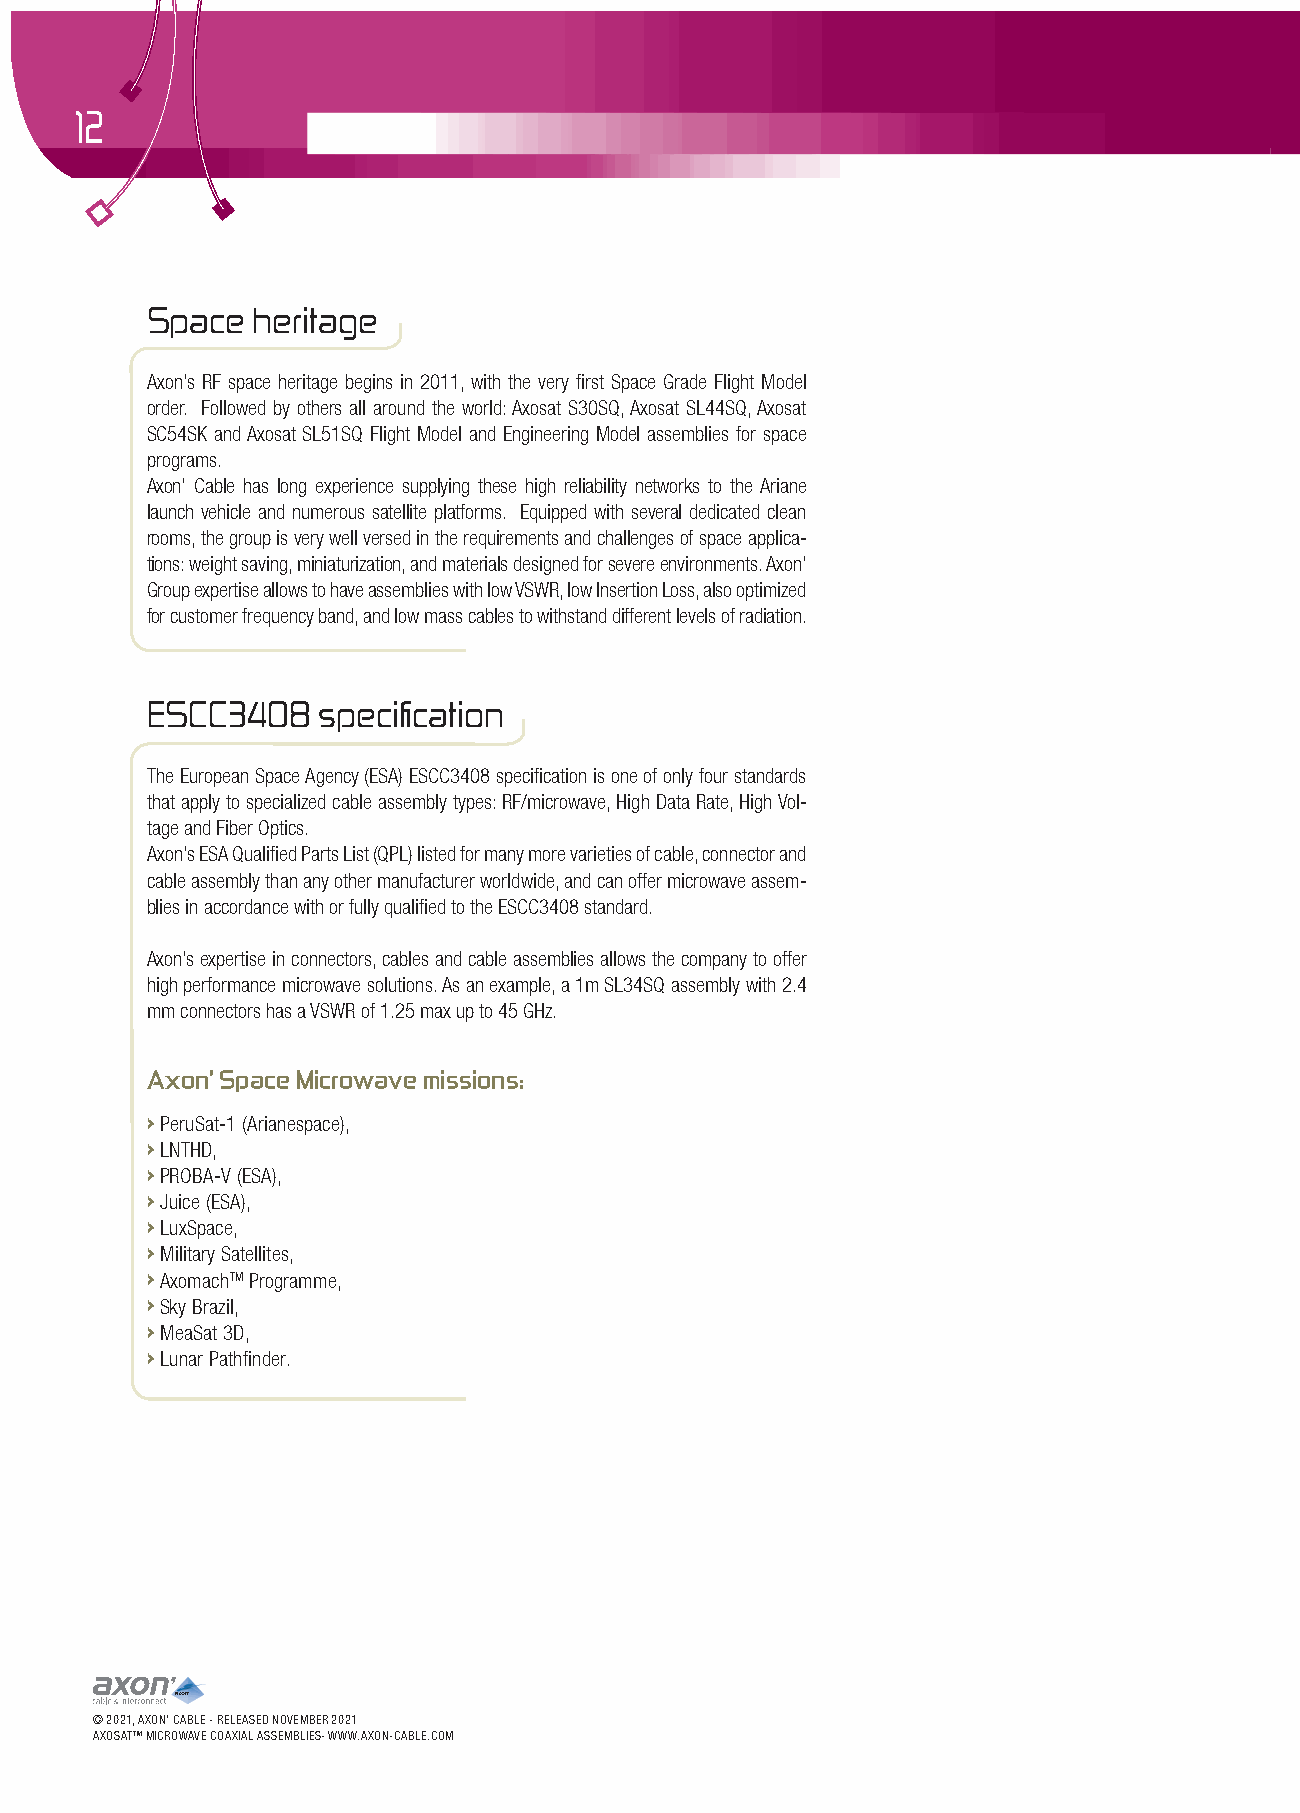
12
 Space  heritage
 Axon’s RF space heritage begins in 2011, with the very first Space Grade Flight Model
 order. Followed by others all around the world: Axosat S30SQ, Axosat SL44SQ, Axosat
 SC54SK and Axosat SL51SQ Flight Model and Engineering Model assemblies for space
 programs.
 Axon’ Cable has long experience supplying these high reliability networks to the Ariane
 launch vehicle and numerous satellite platforms. Equipped with several dedicated clean
 rooms, the group is very well versed in the requirements and challenges of space applica-
 tions: weight saving, miniaturization, and materials designed for severe environments. Axon’
 Group expertise allows to have assemblies with low VSWR, low Insertion Loss, also optimized
 for customer frequency band, and low mass cables to withstand different levels of radiation.
 ESCC3408   specification
 The European Space Agency (ESA) ESCC3408 specification is one of only four standards
 that apply to specialized cable assembly types: RF/microwave, High Data Rate, High Vol-
 tage and Fiber Optics.
 Axon’s ESA Qualified Parts List (QPL) listed for many more varieties of cable, connector and
 cable assembly than any other manufacturer worldwide, and can offer microwave assem-
 blies in accordance with or fully qualified to the ESCC3408 standard.
 Axon’s expertise in connectors, cables and cable assemblies allows the company to offer
 high performance microwave solutions. As an example, a 1m SL34SQ assembly with 2.4
 mm connectors has a VSWR of 1.25 max up to 45 GHz.
 Axon’ Space Microwave missions:
 › PeruSat-1 (Arianespace),
 › LNTHD,
 › PROBA-V (ESA),
 › Juice (ESA),
 › LuxSpace,
 › Military Satellites,
 › AxomachTM Programme,
 › Sky Brazil,
 › MeaSat 3D,
 › Lunar Pathfinder.
 © 2021, AXON’ CABLE - RELEASED NOVEMBER 2021
 AXOSATTM MICROWAVE COAXIAL ASSEMBLIES- WWW.AXON-CABLE.COM